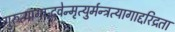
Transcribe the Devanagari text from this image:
गुरुत्यागाद्भवेन्मृत्युर्मन्त्रत्यागाद्दरिद्रता